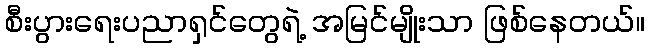
စီးပွားရေးပညာရှင်တွေရဲ့ အမြင်မျိုးသာ ဖြစ်နေတယ်။